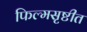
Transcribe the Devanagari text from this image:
फिल्मसृष्टीत